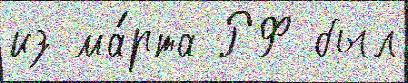
из ма́рта РФ был